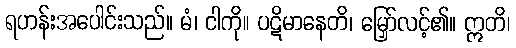
ရဟန်းအပေါင်းသည်။ မံ၊ ငါကို။ ပဋိမာနေတိ၊ မြှော်လင့်၏။ ဣတိ၊